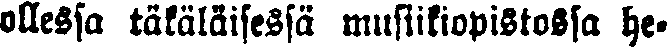
ollessa täkäläisessä musiikiopistossa he-